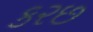
કરછ